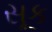
સૂક